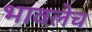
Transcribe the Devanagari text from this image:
भावलेच